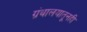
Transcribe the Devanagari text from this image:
ग्रंथालयातूनही